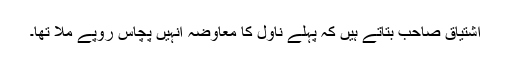
اشتیاق صاحب بتاتے ہیں کہ پہلے ناول کا معاوضہ انہیں پچاس روپے ملا تھا۔